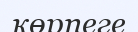
көрпеге